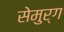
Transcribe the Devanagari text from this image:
सेमुर्ग